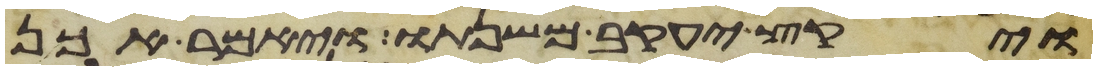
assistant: ויקץ יעקב משנתו ויאמר אכן